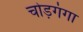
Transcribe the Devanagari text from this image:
चोड़गंगा